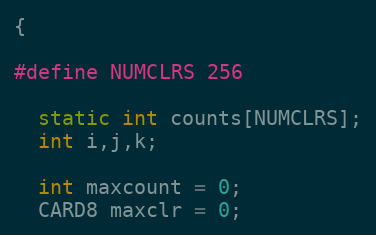
Language: C++
{

#define NUMCLRS 256

  static int counts[NUMCLRS];
  int i,j,k;

  int maxcount = 0;
  CARD8 maxclr = 0;